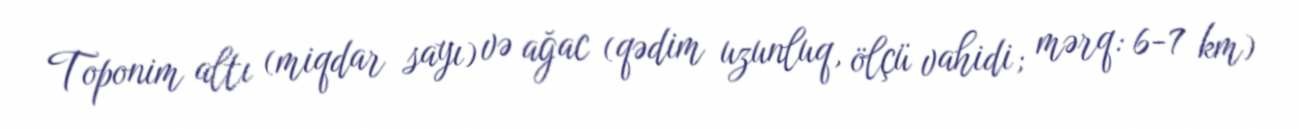
Toponim altı (miqdar sayı) və ağac (qədim uzunluq, ölçü vahidi; mərq: 6-7 km)